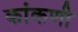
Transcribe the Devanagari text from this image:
कांकणी